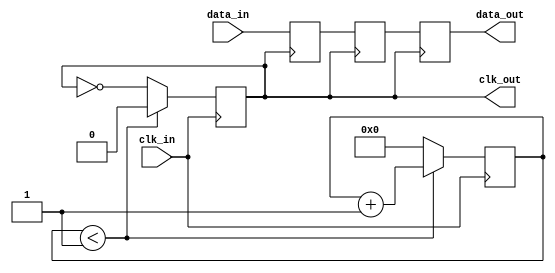
module PLL_Synchronizer (
    input wire clk_in,          // Incoming clock signal
    input wire data_in,         // Incoming data signal
    output reg clk_out,         // Synchronized output clock
    output reg data_out         // Synchronized output data
);

    // Parameters for the PLL
    parameter integer VCO_FREQ = 100; // VCO frequency multiplier
    parameter integer DIV_FACTOR = 2;  // Clock divider factor

    // Internal signals
    reg [1:0] phase_error;          // Phase error signal
    reg [7:0] loop_filter;           // Loop filter output
    reg [7:0] vco_output;            // VCO output
    reg [7:0] clk_divider;           // Clock divider counter
    reg [1:0] state;                 // State for synchronization

    // Phase Detector (PD)
    always @(posedge clk_in) begin
        // Simple phase detection logic
        if (clk_out) begin
            phase_error <= 2'b00; // No error
        end else begin
            phase_error <= 2'b01; // Phase error detected
        end
    end

    // Loop Filter (LF)
    always @(posedge clk_in) begin
        // Simple low-pass filter implementation
        loop_filter <= loop_filter + phase_error;
    end

    // Voltage-Controlled Oscillator (VCO)
    always @(posedge clk_in) begin
        // VCO output based on loop filter
        vco_output <= loop_filter * VCO_FREQ;
    end

    // Clock Divider
    always @(posedge clk_in) begin
        if (clk_divider < DIV_FACTOR - 1) begin
            clk_divider <= clk_divider + 1;
            clk_out <= 0; // Hold clock low
        end else begin
            clk_divider <= 0;
            clk_out <= ~clk_out; // Toggle clock output
        end
    end

    // Data Synchronization Circuit
    reg data_sync_1, data_sync_2; // Two-stage synchronizer
    always @(posedge clk_out) begin
        data_sync_1 <= data_in; // First stage
        data_sync_2 <= data_sync_1; // Second stage
        data_out <= data_sync_2; // Synchronized output data
    end

endmodule